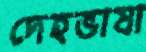
দেহভাষা